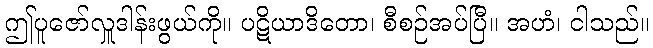
ဤပူဇော်လှူဒါန်းဖွယ်ကို။ ပဋိယာဒိတော၊ စီစဉ်အပ်ပြီ။ အဟံ၊ ငါသည်။